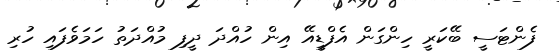
ފެންޓަސީ ބޭކަރީ ހިންގަން އެފްޑީއޭ އިން ހުއްދަ ދީފި މުއްދަތު ހަމަވެފައި ހުރި